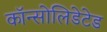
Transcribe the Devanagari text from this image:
कॉन्सोलिडेटेड